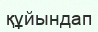
құйындап